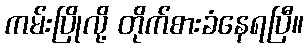
ကမ်းပြိုလို့ တိုက်စားခံနေရပြီ။